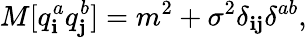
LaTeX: M[q_{\mathbf{i}}^{a}q_{\mathbf{j}}^{b}]=m^{2}+\sigma^{2}\delta_{\mathbf{i}\mathbf{j}}\delta^{ab},